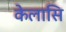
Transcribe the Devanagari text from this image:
केलासि